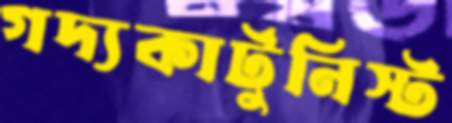
গদ্যকার্টুনিস্ট